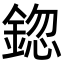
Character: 鍃